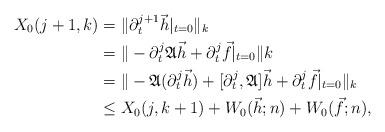
LaTeX: \begin{align*}X_0(j+1,k)&=\|\partial_t^{j+1}\vec{h}|_{t=0}\|_k \\&=\|-\partial_t^j\mathfrak{A}\vec{h}+\partial_t^j\vec{f}|_{t=0}\|k \\&=\|-\mathfrak{A}(\partial_t^j\vec{h})+[\partial_t^j,\mathfrak{A}]\vec{h}+\partial_t^j\vec{f}|_{t=0}\|_k \\&\leq X_0(j,k+1)+W_0(\vec{h};n)+W_0(\vec{f};n),\end{align*}